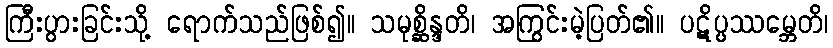
ကြီးပွားခြင်းသို့ ရောက်သည်ဖြစ်၍။ သမုစ္ဆိန္ဒတိ၊ အကြွင်းမဲ့ပြတ်၏။ ပဋိပ္ပဿမ္ဘေတိ၊